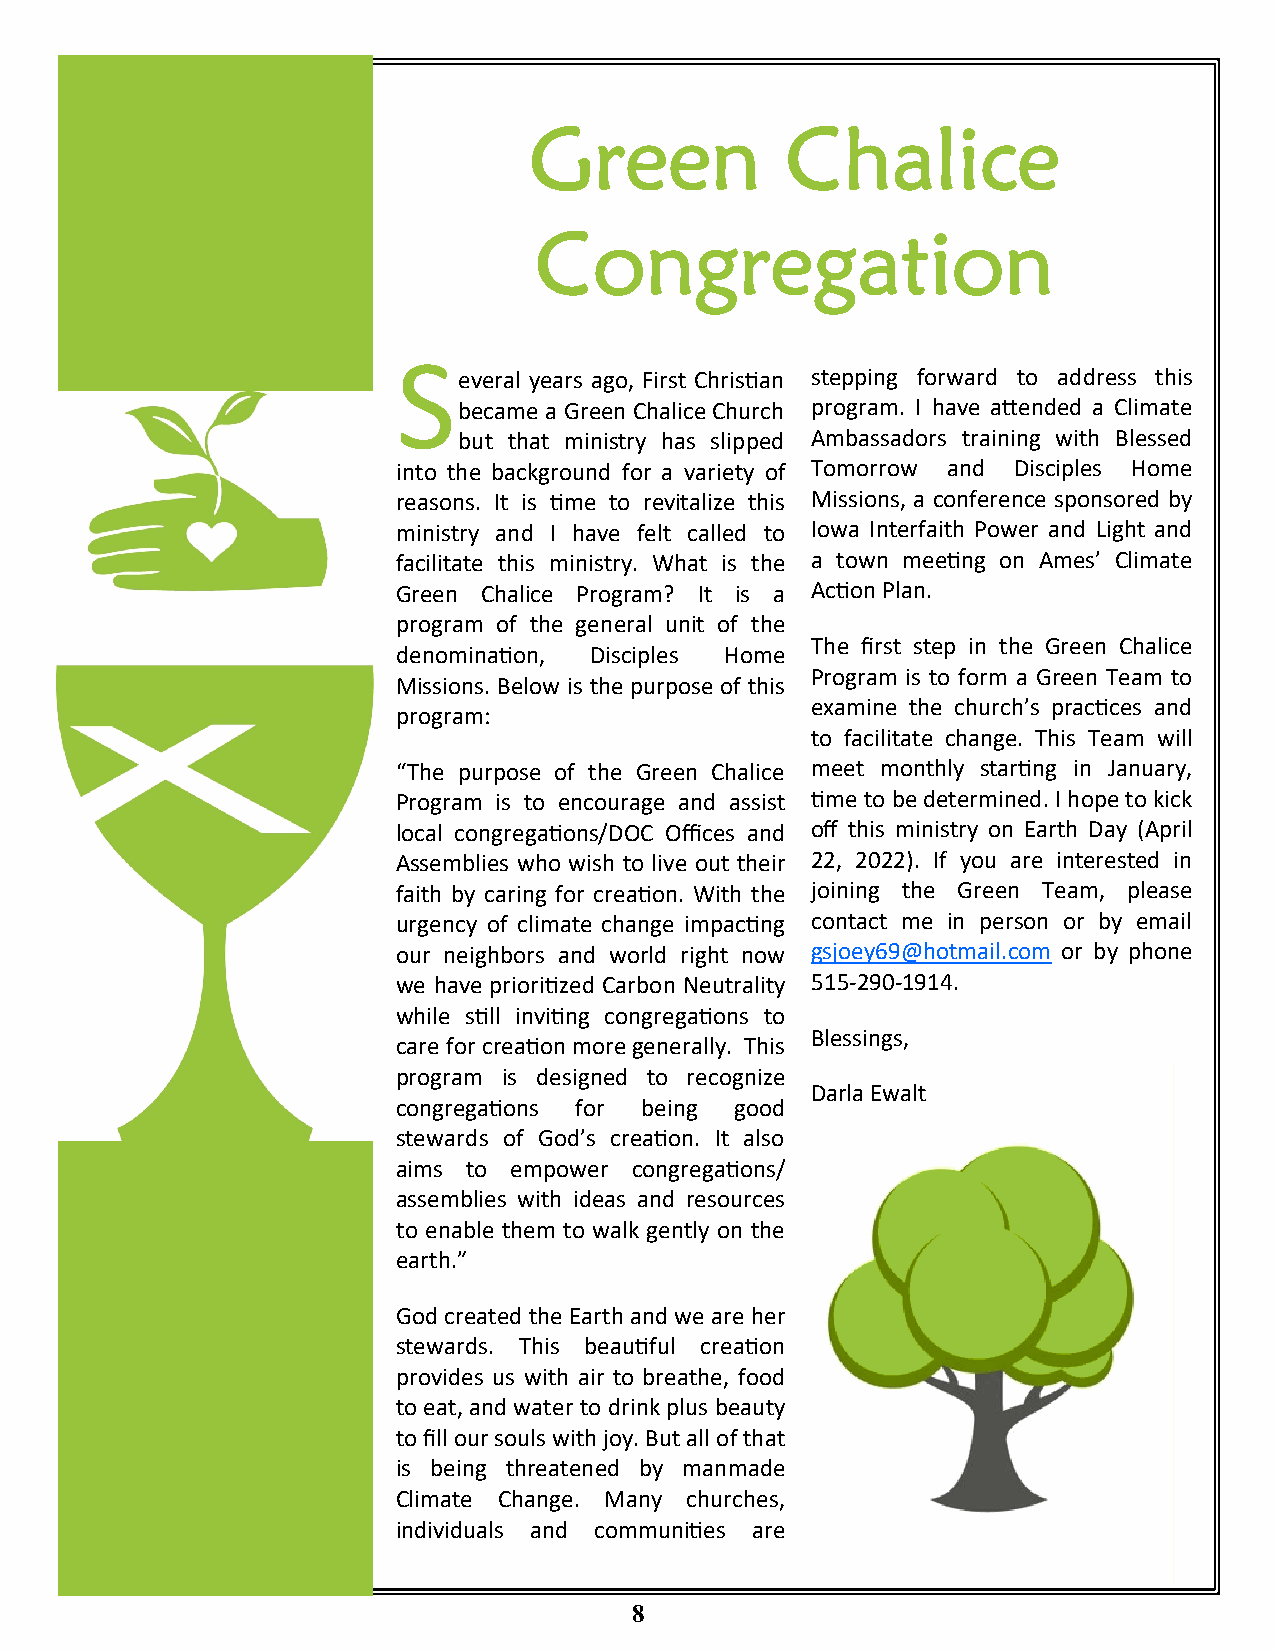
S
 everal years ago, First Christian stepping forward to address this
 became a Green Chalice Church program. I have attended a Climate
 but that ministry has slipped Ambassadors training with Blessed
 into the background for a variety of Tomorrow and Disciples Home
 reasons. It is time to revitalize this Missions, a conference sponsored by
 ministry and I have felt called to Iowa Interfaith Power and Light and
 facilitate this ministry. What is the a town meeting on Ames’ Climate
 Green Chalice Program? It is a Action Plan.
 program of the general unit of the
 The first step in the Green Chalice
 denomination, Disciples Home
 Program is to form a Green Team to
 Missions. Below is the purpose of this
 examine the church’s practices and
 program:
 to facilitate change. This Team will
 “The purpose of the Green Chalice meet monthly starting in January,
 Program is to encourage and assist time to be determined. I hope to kick
 local congregations/DOC Offices and off this ministry on Earth Day (April
 Assemblies who wish to live out their 22, 2022). If you are interested in
 faith by caring for creation. With the joining the Green Team, please
 urgency of climate change impacting contact me in person or by email
 our neighbors and world right now gsjoey69@hotmail.com or by phone
 we have prioritized Carbon Neutrality 515-290-1914.
 while still inviting congregations to
 Blessings,
 care for creation more generally. This
 program is designed to recognize
 Darla Ewalt
 congregations for being good
 stewards of God’s creation. It also
 aims to empower congregations/
 assemblies with ideas and resources
 to enable them to walk gently on the
 earth.”
 God created the Earth and we are her
 stewards. This beautiful creation
 provides us with air to breathe, food
 to eat, and water to drink plus beauty
 to fill our souls with joy. But all of that
 is being threatened by manmade
 Climate Change. Many churches,
 individuals and communities are
 8